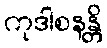
ကုဒါစနန္တိ